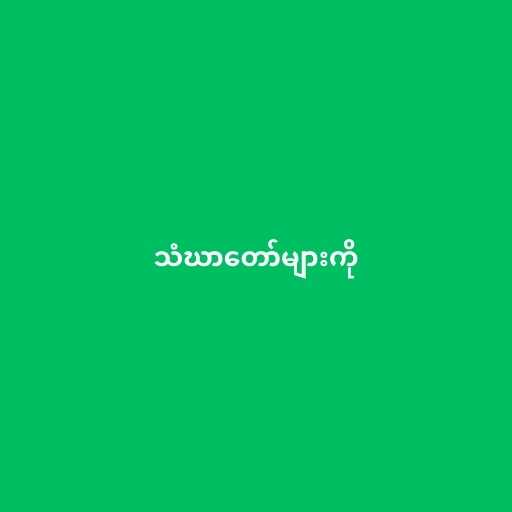
သံဃာတော်များကို